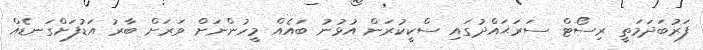
ފަރުބަދަމަތީ ރިސޯޓް ސަރަޙައްދުގައި ސްކީކުރަން އުޅުނު ބައެއް މީހުންނަށް ވަރަށް ބާރު އަޑުފަށްގަނޑެއް